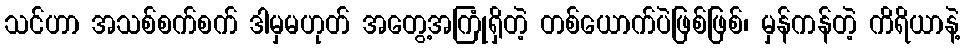
သင်ဟာ အသစ်စက်စက် ဒါမှမဟုတ် အတွေ့အကြုံရှိတဲ့ တစ်ယောက်ပဲဖြစ်ဖြစ်၊ မှန်ကန်တဲ့ ကိရိယာနဲ့